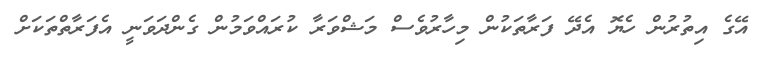
އޭގެ އިތުރުން ހެޔޮ އެދޭ ފަރާތަކުން މިހާރުވެސް މަޝްވަރާ ކުރައްވަމުން ގެންދަވަނީ އެފަރާތްތަކަށް